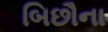
બિછૌના